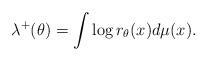
LaTeX: \begin{align*}\lambda\sp+(\theta)=\int\log r_\theta(x)d\mu(x).\end{align*}